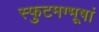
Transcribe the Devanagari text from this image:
स्फुटमग्भूषां